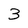
Character: 3